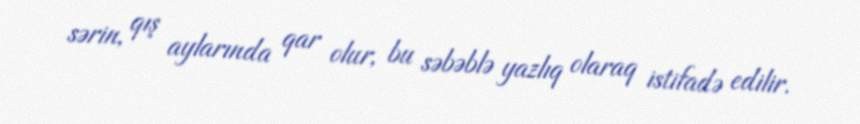
sərin, qış aylarında qar olur, bu səbəblə yazlıq olaraq istifadə edilir.